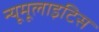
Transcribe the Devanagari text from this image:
न्यूमूलाइटिस